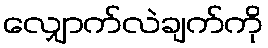
လျှောက်လဲချက်ကို